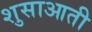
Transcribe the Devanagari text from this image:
शुसाआती